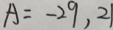
A = - 2 9 , 2 1